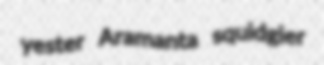
yester Aramanta squidgier